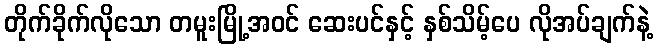
တိုက်ခိုက်လိုသော တမူးမြို့အဝင် ဆေးပင်နှင့် နှစ်သိမ့်ပေ လိုအပ်ချက်နဲ့